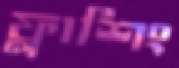
ফ্লাশিং